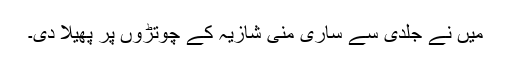
میں نے جلدی سے ساری منی شازیہ کے چوتڑوں پر پھیلا دی۔